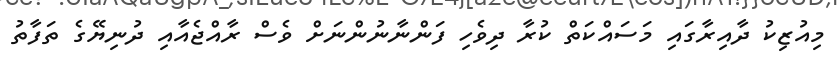
މިއުޒިކު ދާއިރާގައި މަސައްކަތް ކުރާ ދިވެހި ފަންނާނުންނަށް ވެސް ރާއްޖެއާއި ދުނިޔޭގެ ތަފާތު